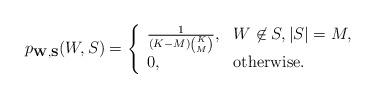
LaTeX: \begin{align*}p_{\mathbf{W},\mathbf{S}}(W,S) = \left\{\begin{array}{ll}\frac{1}{(K-M)\binom{K}{M}}, & W\not\in S,|S| = M,\\0, & \textrm{otherwise}.\\\end{array}\right.\end{align*}